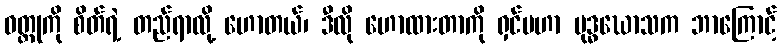
ဝတ္ထုကို စိတ်ရဲ့ တည်ရာလို့ ဟောတယ်၊ ဒီလို ဟောထားတာကို ရှင်မဟာ ဗုဒ္ဓဃောသက ဘာကြောင့်